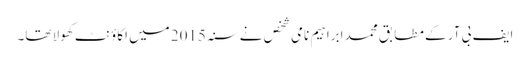
ایف بی آر کے مطابق محمد ابراہیم نامی شخص نے سنہ 2015 میں اکاؤنٹ کھولا تھا۔